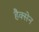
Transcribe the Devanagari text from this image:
हैक्सेन